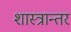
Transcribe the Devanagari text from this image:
शास्त्रान्तर